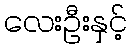
လေးဦးနှင့်